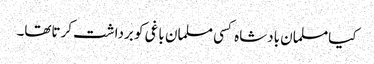
کیامسلمان بادشاہ کسی مسلمان باغی کو برداشت کرتاتھا۔